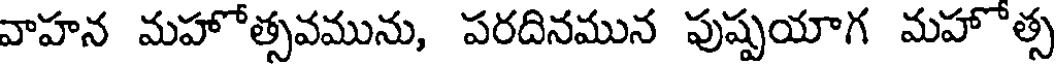
వాహన మహోత్సవమును, పరదినమున పుష్పయాగ మహోత్స